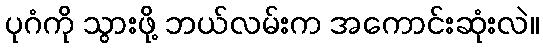
ပုဂံကို သွားဖို့ ဘယ်လမ်းက အကောင်းဆုံးလဲ။